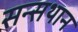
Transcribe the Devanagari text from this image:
सन्सथान